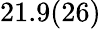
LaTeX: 21.9(26)